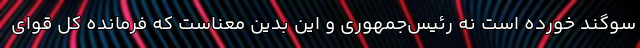
سوگند خورده است نه رئیس‌جمهوری و این بدین معناست که فرمانده کل قوای